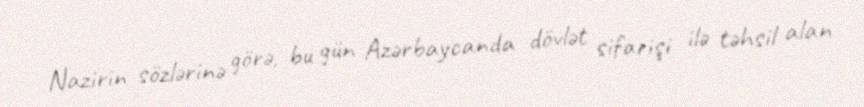
Nazirin sözlərinə görə, bu gün Azərbaycanda dövlət sifarişi ilə təhsil alan